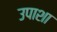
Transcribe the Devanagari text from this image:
उपाशा